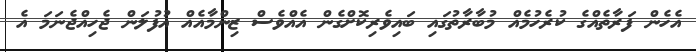
އެހެން ފަރާތެއްގެ ކުރެހުމެއް މުބާރާތުގައި ބައިވެރިކޮށްގެން އެއްވެސް ޒިންމާއެއް އުފުލަން ޖެހިއްޖެނަމަ އެ